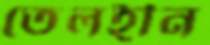
তেলহীন